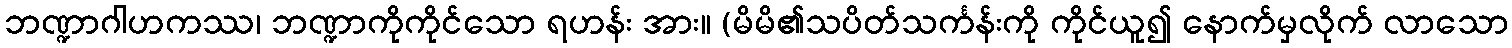
ဘဏ္ဍာဂါဟကဿ၊ ဘဏ္ဍာကိုကိုင်သော ရဟန်း အား။ (မိမိ၏သပိတ်သင်္ကန်းကို ကိုင်ယူ၍ နောက်မှလိုက် လာသော